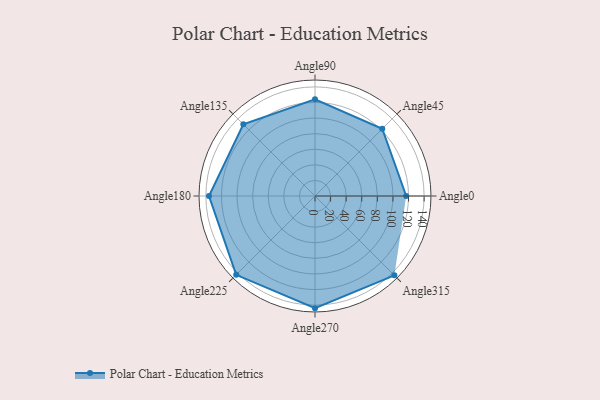
{"axis": {"x": "Angle", "y": "Radius"}, "legend": [""], "data": [{"x": "Angle0", "y": 117.0, "type": ""}, {"x": "Angle45", "y": 122.0, "type": ""}, {"x": "Angle90", "y": 124.0, "type": ""}, {"x": "Angle135", "y": 130.0, "type": ""}, {"x": "Angle180", "y": 136.0, "type": ""}, {"x": "Angle225", "y": 143.0, "type": ""}, {"x": "Angle270", "y": 144.0, "type": ""}, {"x": "Angle315", "y": 144.0, "type": ""}]}